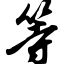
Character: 等